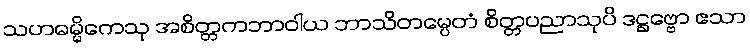
သဟဓမ္မိကေသု အစိတ္တကဘာဝါယ ဘာသိတမ္ပေတံ စိတ္တပညာသုပိ ဒဋ္ဌဗ္ဗော ဧသာ